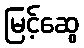
မြင့်ဆွေ